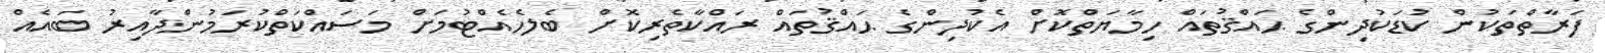
ފަރާތްތަކުން ކުޑަކުދިންގެ ޙައްޤުތައް ހިމާޔަތްކޮށް އެކުދިންގެ ޙައްޤުތައް ރައްކާތެރިކޮށް ބެލެހެއްޓުމަށް މަސައްކަތްކުރަމުންދާއިރު ބައެއް